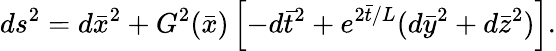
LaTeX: ds^{2}=d{\bar{x}}^{2}+G^{2}({\bar{x}})\left[-d{\bar{t}}^{2}+e^{2{\bar{t}}/L}(d{\bar{y}}^{2}+d{\bar{z}}^{2})\right].